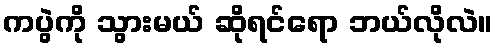
ကပွဲကို သွားမယ် ဆိုရင်ရော ဘယ်လိုလဲ။